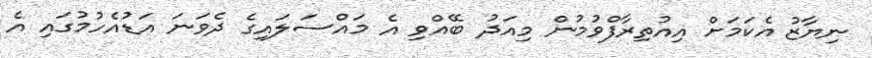
ނިޔާޒު އެކަމަށް އިއުތިރާފްވުމުން މިއަދު ބޭއްވި އެ މައްސަލައިގެ ދެވަނަ އަޑުއެހުމުގައި އެ